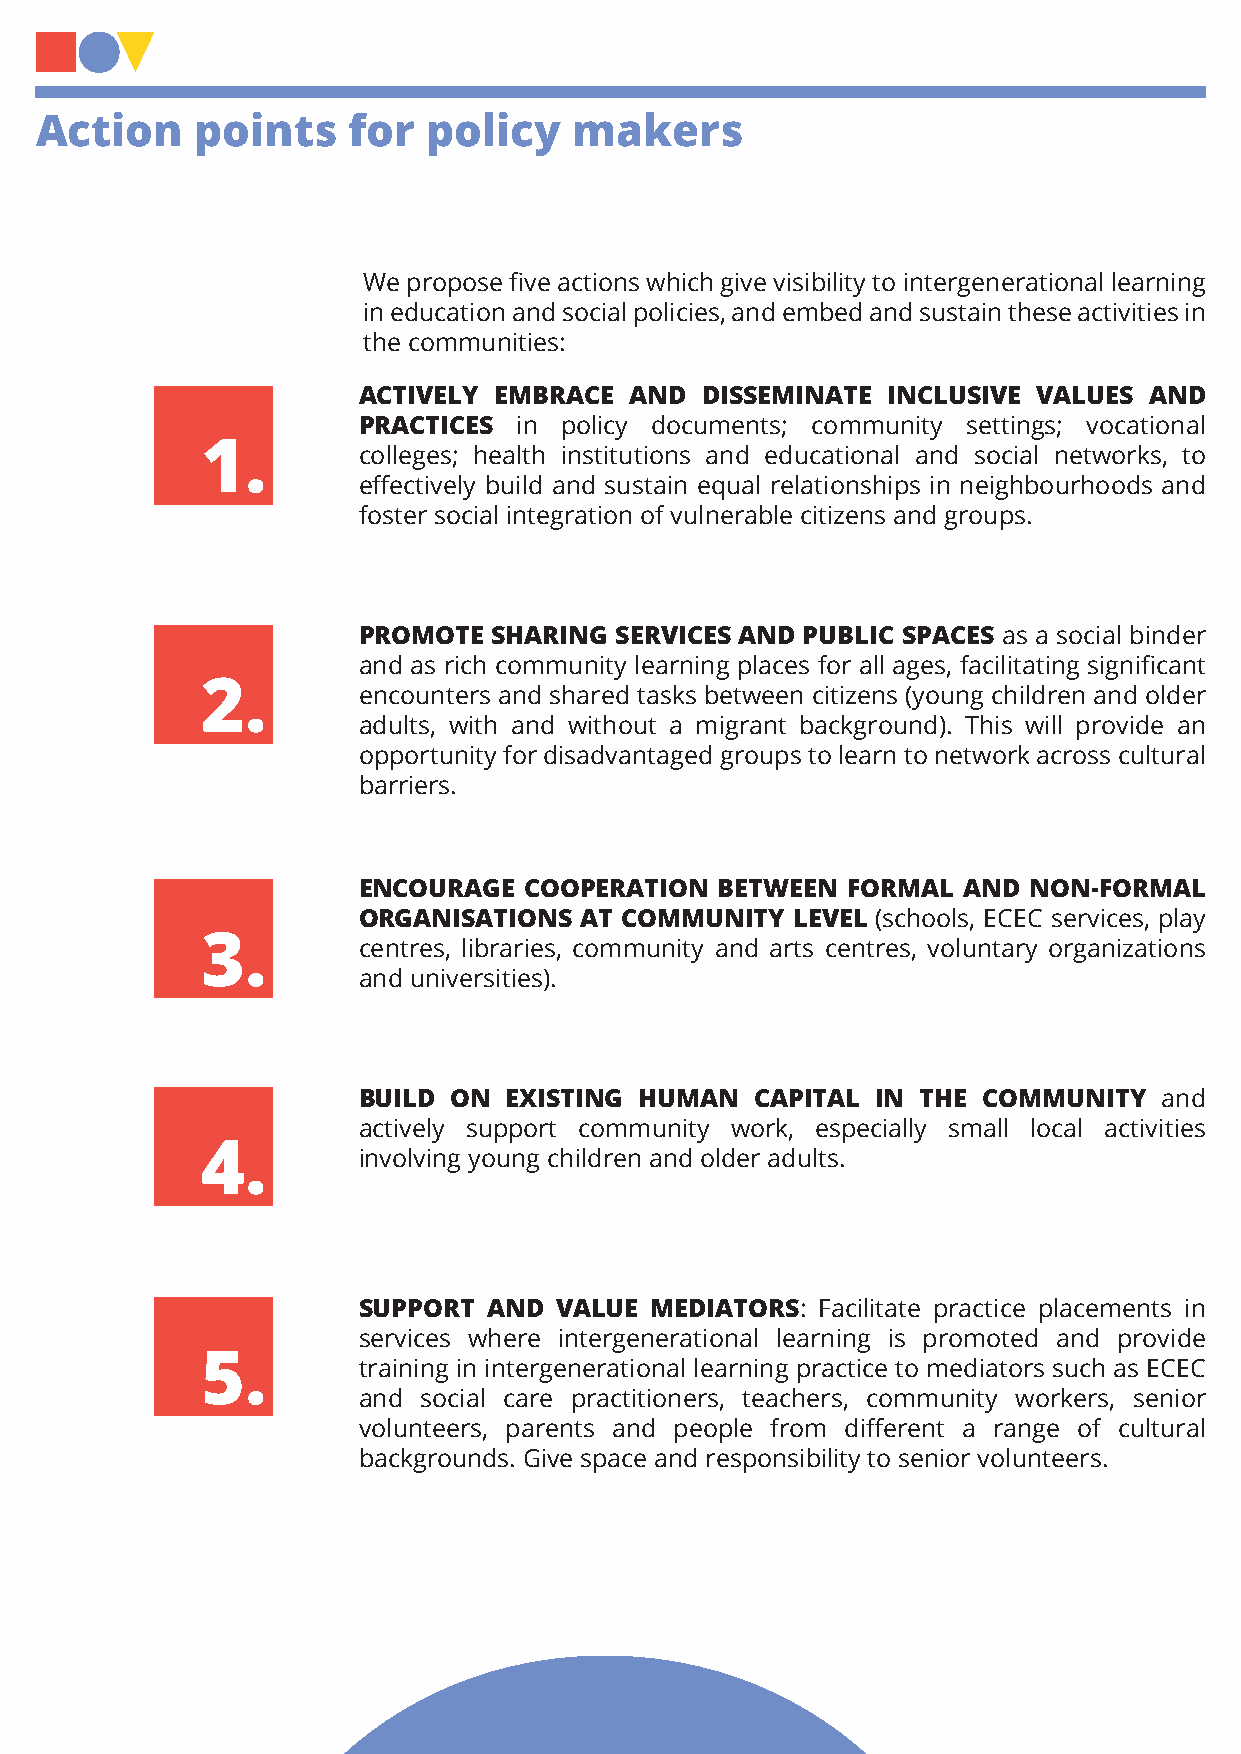
Action     points    for  policy    makers
 We propose five actions which give visibility to intergenerational learning
 in education and social policies, and embed and sustain these activities in
 the communities:
 ACTIVELY EMBRACE  AND DISSEMINATE  INCLUSIVE VALUES AND
 PRACTICES in policy documents; community settings; vocational
 1.
 colleges; health institutions and educational and social networks, to
 effectively build and sustain equal relationships in neighbourhoods and
 foster social integration of vulnerable citizens and groups.
 PROMOTE  SHARING SERVICES AND PUBLIC SPACES as a social binder
 and as rich community learning places for all ages, facilitating significant
 2.
 encounters and shared tasks between citizens (young children and older
 adults, with and without a migrant background). This will provide an
 opportunity for disadvantaged groups to learn to network across cultural
 barriers.
 ENCOURAGE  COOPERATION  BETWEEN FORMAL  AND NON-FORMAL
 ORGANISATIONS AT COMMUNITY  LEVEL (schools, ECEC services, play
 3.         centres, libraries, community and arts centres, voluntary organizations
 and universities).
 BUILD ON EXISTING HUMAN   CAPITAL IN THE COMMUNITY   and
 actively support community work, especially small local activities
 4.
 involving young children and older adults.
 SUPPORT AND  VALUE MEDIATORS: Facilitate practice placements in
 services where intergenerational learning is promoted and provide
 5.
 training in intergenerational learning practice to mediators such as ECEC
 and social care practitioners, teachers, community workers, senior
 volunteers, parents and people from different a range of cultural
 backgrounds. Give space and responsibility to senior volunteers.